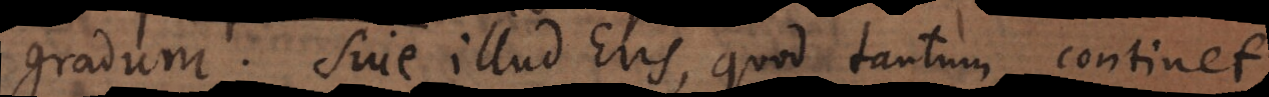
gradum. Sive illud Ens, quod tantum continet